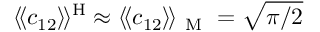
\langle \! \langle c _ { 1 2 } \rangle \! \rangle ^ { \mathrm { H } } \approx \langle \! \langle c _ { 1 2 } \rangle \! \rangle _ { \mathrm { ~ M ~ } } = \sqrt { \pi / 2 }